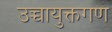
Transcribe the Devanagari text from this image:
उच्चायुक्तगण